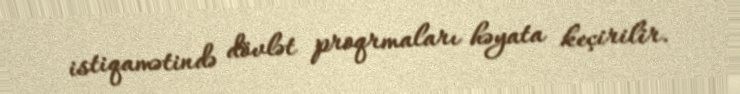
istiqamətində dövlət proqrmaları həyata keçirilir.